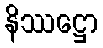
နိဿဋ္ဌော